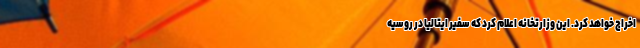
اخراج خواهد کرد. این وزارتخانه اعلام کرد که سفیر ایتالیا در روسیه